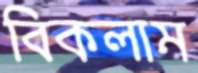
বিকলাম